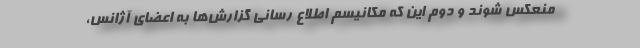
منعکس شوند و دوم این که مکانیسم اطلاع رسانی گزارش‌ها به اعضای آژانس،